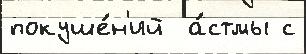
покуше́н'ий  а́стмы с